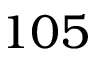
1 0 5